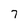
Character: 7